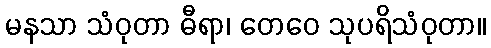
မနသာ သံဝုတာ ဓီရာ၊ တေဝေ သုပရိသံဝုတာ။